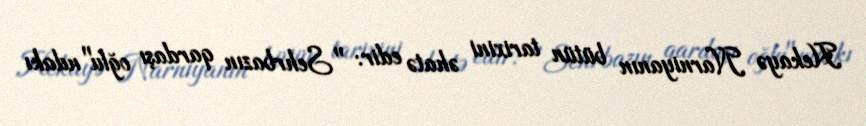
Hekayə Narniyanın bütün tarixini əhatə edir: "Sehrbazın qardaşı oğlu"ndakı